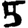
Digit: 5